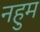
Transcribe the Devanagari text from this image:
नहुम